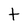
Character: t